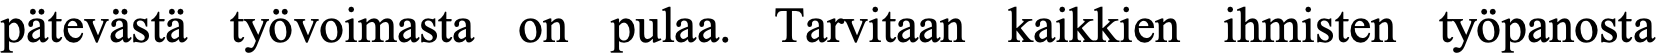
pätevästä työvoimasta on pulaa. Tarvitaan kaikkien ihmisten työpanosta